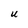
Character: U